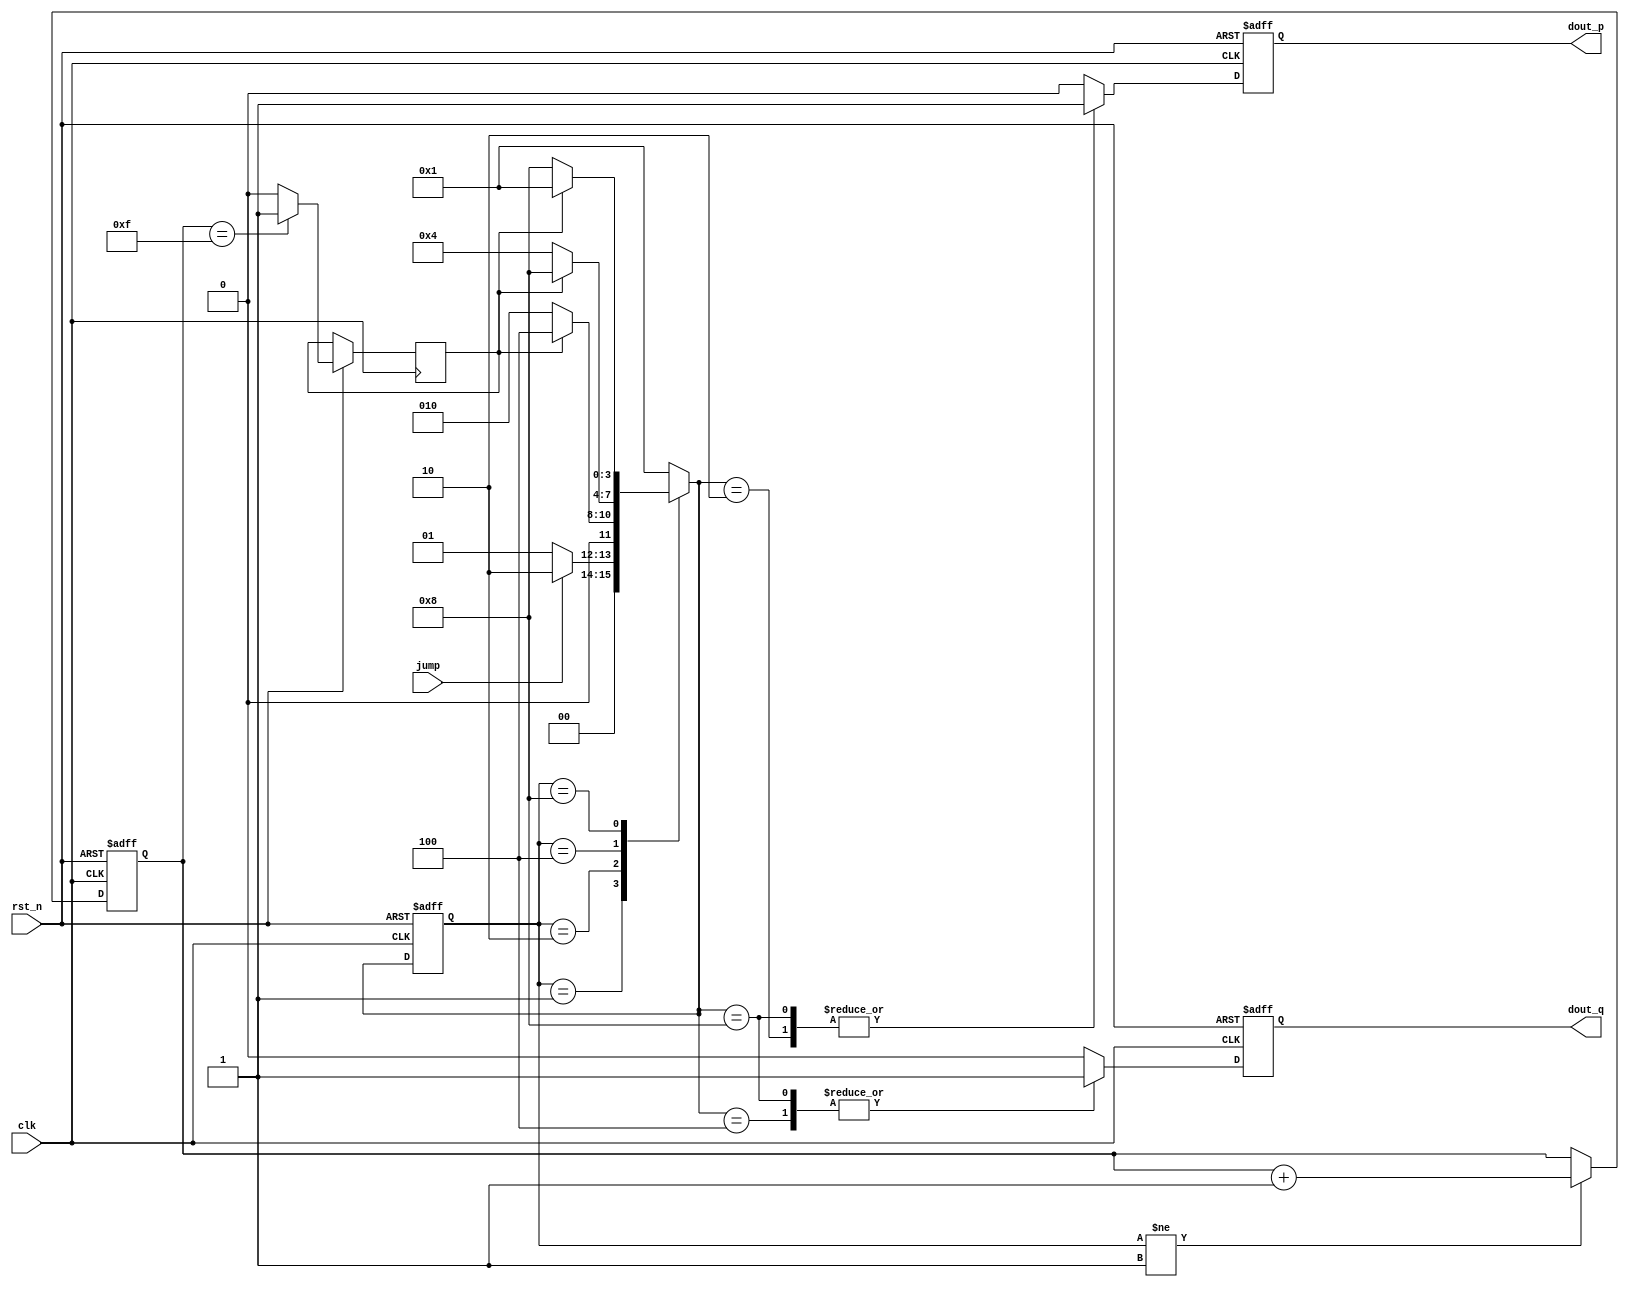
`timescale 1ns / 1ps
//////////////////////////////////////////////////////////////////////////////////
// Company: BUPT MITC
// 
// Design Name: 
// Module Name:    fsm 
// Project Name:   fsm_test
// Target Devices: Virtex 5 xc5vlx110t-2ff1136
// Tool versions:  ISE 13.3
// Description:    test FSM output depends on CS or NS
//
// Dependencies: 
//
// Revision: 
// Revision 0.01 - File Created
// Additional Comments: 
//
//////////////////////////////////////////////////////////////////////////////////

///////////////////////////////////////////////////////////////////////////////////
// Module Declaration                                                            //
///////////////////////////////////////////////////////////////////////////////////
module fsm (
    clk, rst_n, jump, dout_p, dout_q
    );


///////////////////////////////////////////////////////////////////////////////////
// Port Declaration                                                              //
///////////////////////////////////////////////////////////////////////////////////
    // input
    input       clk;
    input       rst_n;
    input       jump;

    // output
    output      dout_p;
    output      dout_q;

    // output attribute
    reg         dout_p;
    reg         dout_q;

/////////////////////////////////////////////////////////////////////////////////////
// Parameter Declaration                                                           //
/////////////////////////////////////////////////////////////////////////////////////
    parameter       IDLE = 4'b0001,
                    S1   = 4'b0010,
                    S2   = 4'b0100,
                    S3   = 4'b1000;

////////////////////////////////////////////////////////////////////////////////////
// Wire & Reg Declaration                                                         //
////////////////////////////////////////////////////////////////////////////////////
    reg     [3:0]       CS;
    reg     [3:0]       NS;

    reg     [3:0]       cnt;
    reg                cnt_fin;

/////////////////////////////////////////////////////////////////////////////////////
// Main Body of Code                                                               //
/////////////////////////////////////////////////////////////////////////////////////

    // counter
    always @(posedge clk or negedge rst_n) begin
        if (!rst_n) begin
            // reset
            cnt <= 4'b0;
        end
        else begin
            if (CS != IDLE) begin
                cnt <= cnt + 1;
            end
            else begin
                cnt <= cnt;
            end
            if (cnt == 4'b1111) begin
                cnt_fin <= 1'b1;
            end
            else begin
                cnt_fin <= 1'b0;
            end
        end
    end

    /////////////////////////////////////////////////
    // FSM                                         //
    /////////////////////////////////////////////////
    // FSM-1
    always @(posedge clk or negedge rst_n) begin
        if (!rst_n) begin
            // reset
            CS <= IDLE;
        end
        else begin
            CS <= NS;
        end
    end

    // FSM-2
    always @* begin
        NS = 4'bx;
        case (CS)
            IDLE: begin
                if (jump) begin
                    NS = S1;
                end
                else begin
                    NS = IDLE;
                end
            end
            S1: begin
                if (cnt_fin) begin
                    NS = S2;
                end
                else begin
                    NS = S1;
                end
            end
            S2: begin
                if (cnt_fin) begin
                    NS = S3;
                end
                else begin
                    NS = S2;
                end
            end
            S3: begin
                if (cnt_fin) begin
                    NS = IDLE;
                end
                else begin
                    NS = S3;
                end
            end
            default: begin
                NS = IDLE;
            end
        endcase
    end

    // FSM-3
    always @(posedge clk or negedge rst_n) begin
        if (!rst_n) begin
            // reset
            dout_p <= 1'b0;
            dout_q <= 1'b0;
        end
        else begin
            dout_p <= 1'b0;
            dout_q <= 1'b0;
            case (NS)
                IDLE: begin
                    // do nothing
                end
                S1: begin
                    dout_p <= 1'b1;
                end
                S2: begin
                    dout_q <= 1'b1;
                end
                S3: begin
                    dout_p <= 1'b1;
                    dout_q <= 1'b1;
                end
                default: begin
                    // do nothing
                end
            endcase
        end
    end


endmodule